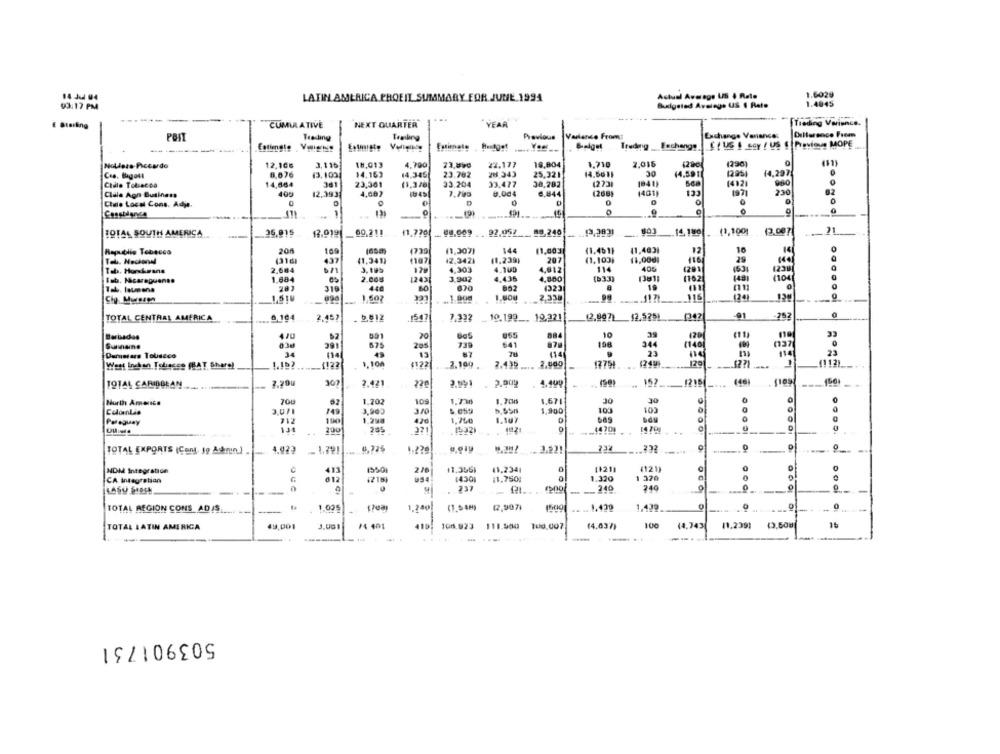
14 Jul 94
LATIN AMERICA PROFIL SUMMARY FOR JUNE 1994
Actual Average US + Rato
1.6029
93:17 PM
Baxigeind Avelegs US $ Rate
1.4045
----
...
-..
E Starling
CUMULATIVE
NEXT QUARTER
" YEAR
Treding Variance.
Previous
Variance Fromt
Exchange Variance:
Dulterence Frem
POIT
Trading Eachengs C ( US ! Gey / US S |Previous MOPE
-
Nollors Piccardo
12.106
3.116
18.013
4.790
22.177
19,804
1,710
2,016
(290)
8,676
43.109
14.163
14,345
23.762
28.343
25.321
20
(4.591
14,297
Cas. Bugott
1841)
960
Chile Tobacoa
14,664
381
23,361
33.204
33.477
38,282
1273
(4)2)
Clala Agn Business
400
12.393
8.004
6,844
(268)
(401)
133
197
230
82
Ctie Local Cons. Adja.
0
0
O
.
-
26.915
12.9191
09.211
11.770 ... 99,009 . 92.052
14, 180
(1,100]
12.087
19TAL SOUTH AMERICA
201
(1,307)
144
11,803
(1.461}
(1,4031
12
16
14
0
Republio Tebecca
109
Tel. Nacional
13161
437
41,341)
1187
12.3421
11.239)
207
(1,103)
11,00€
116
Teb. Horskmans
2.684
671
3.18%
129
4,303
4.100
4,012
114
405
4201
(53)
Seb. Nicaraguense
1.684
es
2.008
1243]
3.902
4.436
4,800
(b33)
1381]
(162
(104)
281
670
002
19
Tab. launena
319
440
60
(323
1 507
. .. 1 900
1,800
2.338
116
googoo = oooooo1
TOTAL CENTRAL AMERICA
19.199 __ 19.321
(2,907) 12.525)
042
-91
-25
2.457
. D.812
.1547
7.332
20
965
10
39
120
33
Sunnaine
39
675
205
739
641
156
344
Dammiars Tobacco
(14
TU
(14)
9
23
23
1122
17751
(249
(112)
West Indan Tobacco (BAT Share)
1.152
-4!22
1.100
2.100 .
7.439 .....
2.600
19141 CARIBBEAN
307
2.421
22
2.909
4.499
162
_1215
---
.-
701
1.202
10
1.730
1.706
30
North America
1,671
30
0
ColomLie
3.071
749
3,902
1,900
100
103
Paraguay
712
190
1.290
426
1,750
1.107
0
134
200
265
.1932)
14701
.....
-
......
TOTAL EXPORTS (Cont, 1g Admin.) ...
1.022 - 1.721
1 .?? 9
737
.232
0
-
2.M
11.3561
41,2341
11211
(121)
0
NDM Integration
413
15501
0
CA integration
G
612
1430
11.7500
1.320
1 320
0
.0
. 237
240
240
-
0
-
--
12,9071
1.430
1,439
TOTAL REGION CONS ADIS
-
1.005
1.200
(1.549)
.. .
TOTAL LATIN AMERICA
49,001
14 401
100.823 111.500 1ud.007
(4.037)
100
(4,743)
11.2391
1t
....
-
503901731